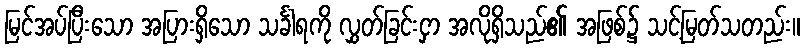
မြင်အပ်ပြီးသော အပြားရှိသော သင်္ခါရကို လွှတ်ခြင်းငှာ အလိုရှိသည်၏ အဖြစ်၌ သင့်မြတ်သတည်း။